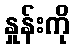
နှုန်းကို